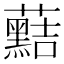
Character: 䕸